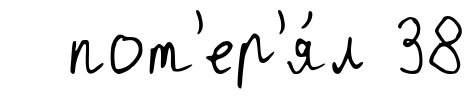
пот'ер'я́л 38